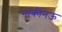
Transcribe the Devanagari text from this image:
नाकीनऊ